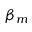
\beta _ { m }